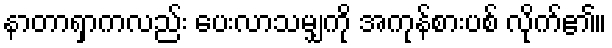
နာတာရှာကလည်း ပေးလာသမျှကို အကုန်စားပစ် လိုက်၏။